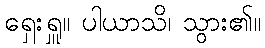
ရှေးရှူ။ ပါယာသိ၊ သွား၏။